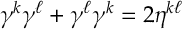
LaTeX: \gamma ^ { k } \gamma ^ { \ell } + \gamma ^ { \ell } \gamma ^ { k } = 2 \eta ^ { k \ell }